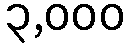
၃,၀၀၀